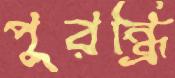
পুরন্ধ্রি